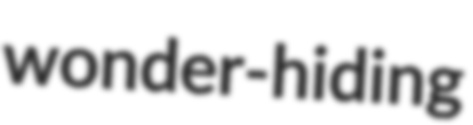
wonder-hiding